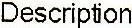
DESCRIPTION